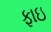
ફાઇ